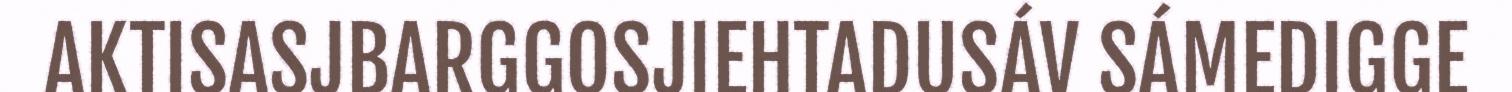
AKTISASJBARGGOSJIEHTADUSÁV SÁMEDIGGE